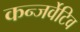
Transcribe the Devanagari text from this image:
कन्जर्वेटिव